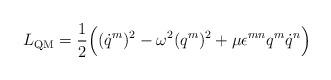
LaTeX: \begin{align*}L_{\rm QM} = \frac12 \Bigl( (\dot{q}^m)^2 - \omega^2 (q^m)^2 +\mu \epsilon^{mn} q^m \dot{q}^n \Bigr)\end{align*}